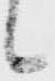
候